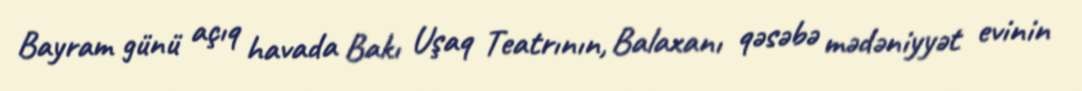
Bayram günü açıq havada Bakı Uşaq Teatrının, Balaxanı qəsəbə mədəniyyət evinin